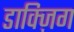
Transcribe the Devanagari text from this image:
डाक्ज़िग